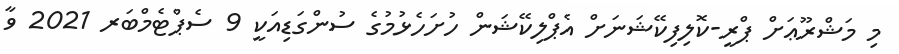
މި މަޝްރޫޢަށް ޕްރީ-ކޮލިފިކޭޝަނަށް އެޕްލިކޭޝަން ހުށަހެޅުމުގެ ސުންގަޑިއަކީ 9 ސެޕްޓެމްބަރ 2021 ވާ